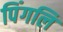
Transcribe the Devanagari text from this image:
पिंगलि